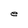
Character: e